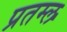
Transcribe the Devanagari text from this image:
प्रतम्ल